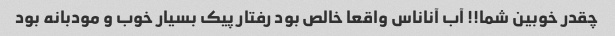
چقدر خوبین شما!! آب آناناس واقعا خالص بود رفتار پیک بسیار خوب و مودبانه بود